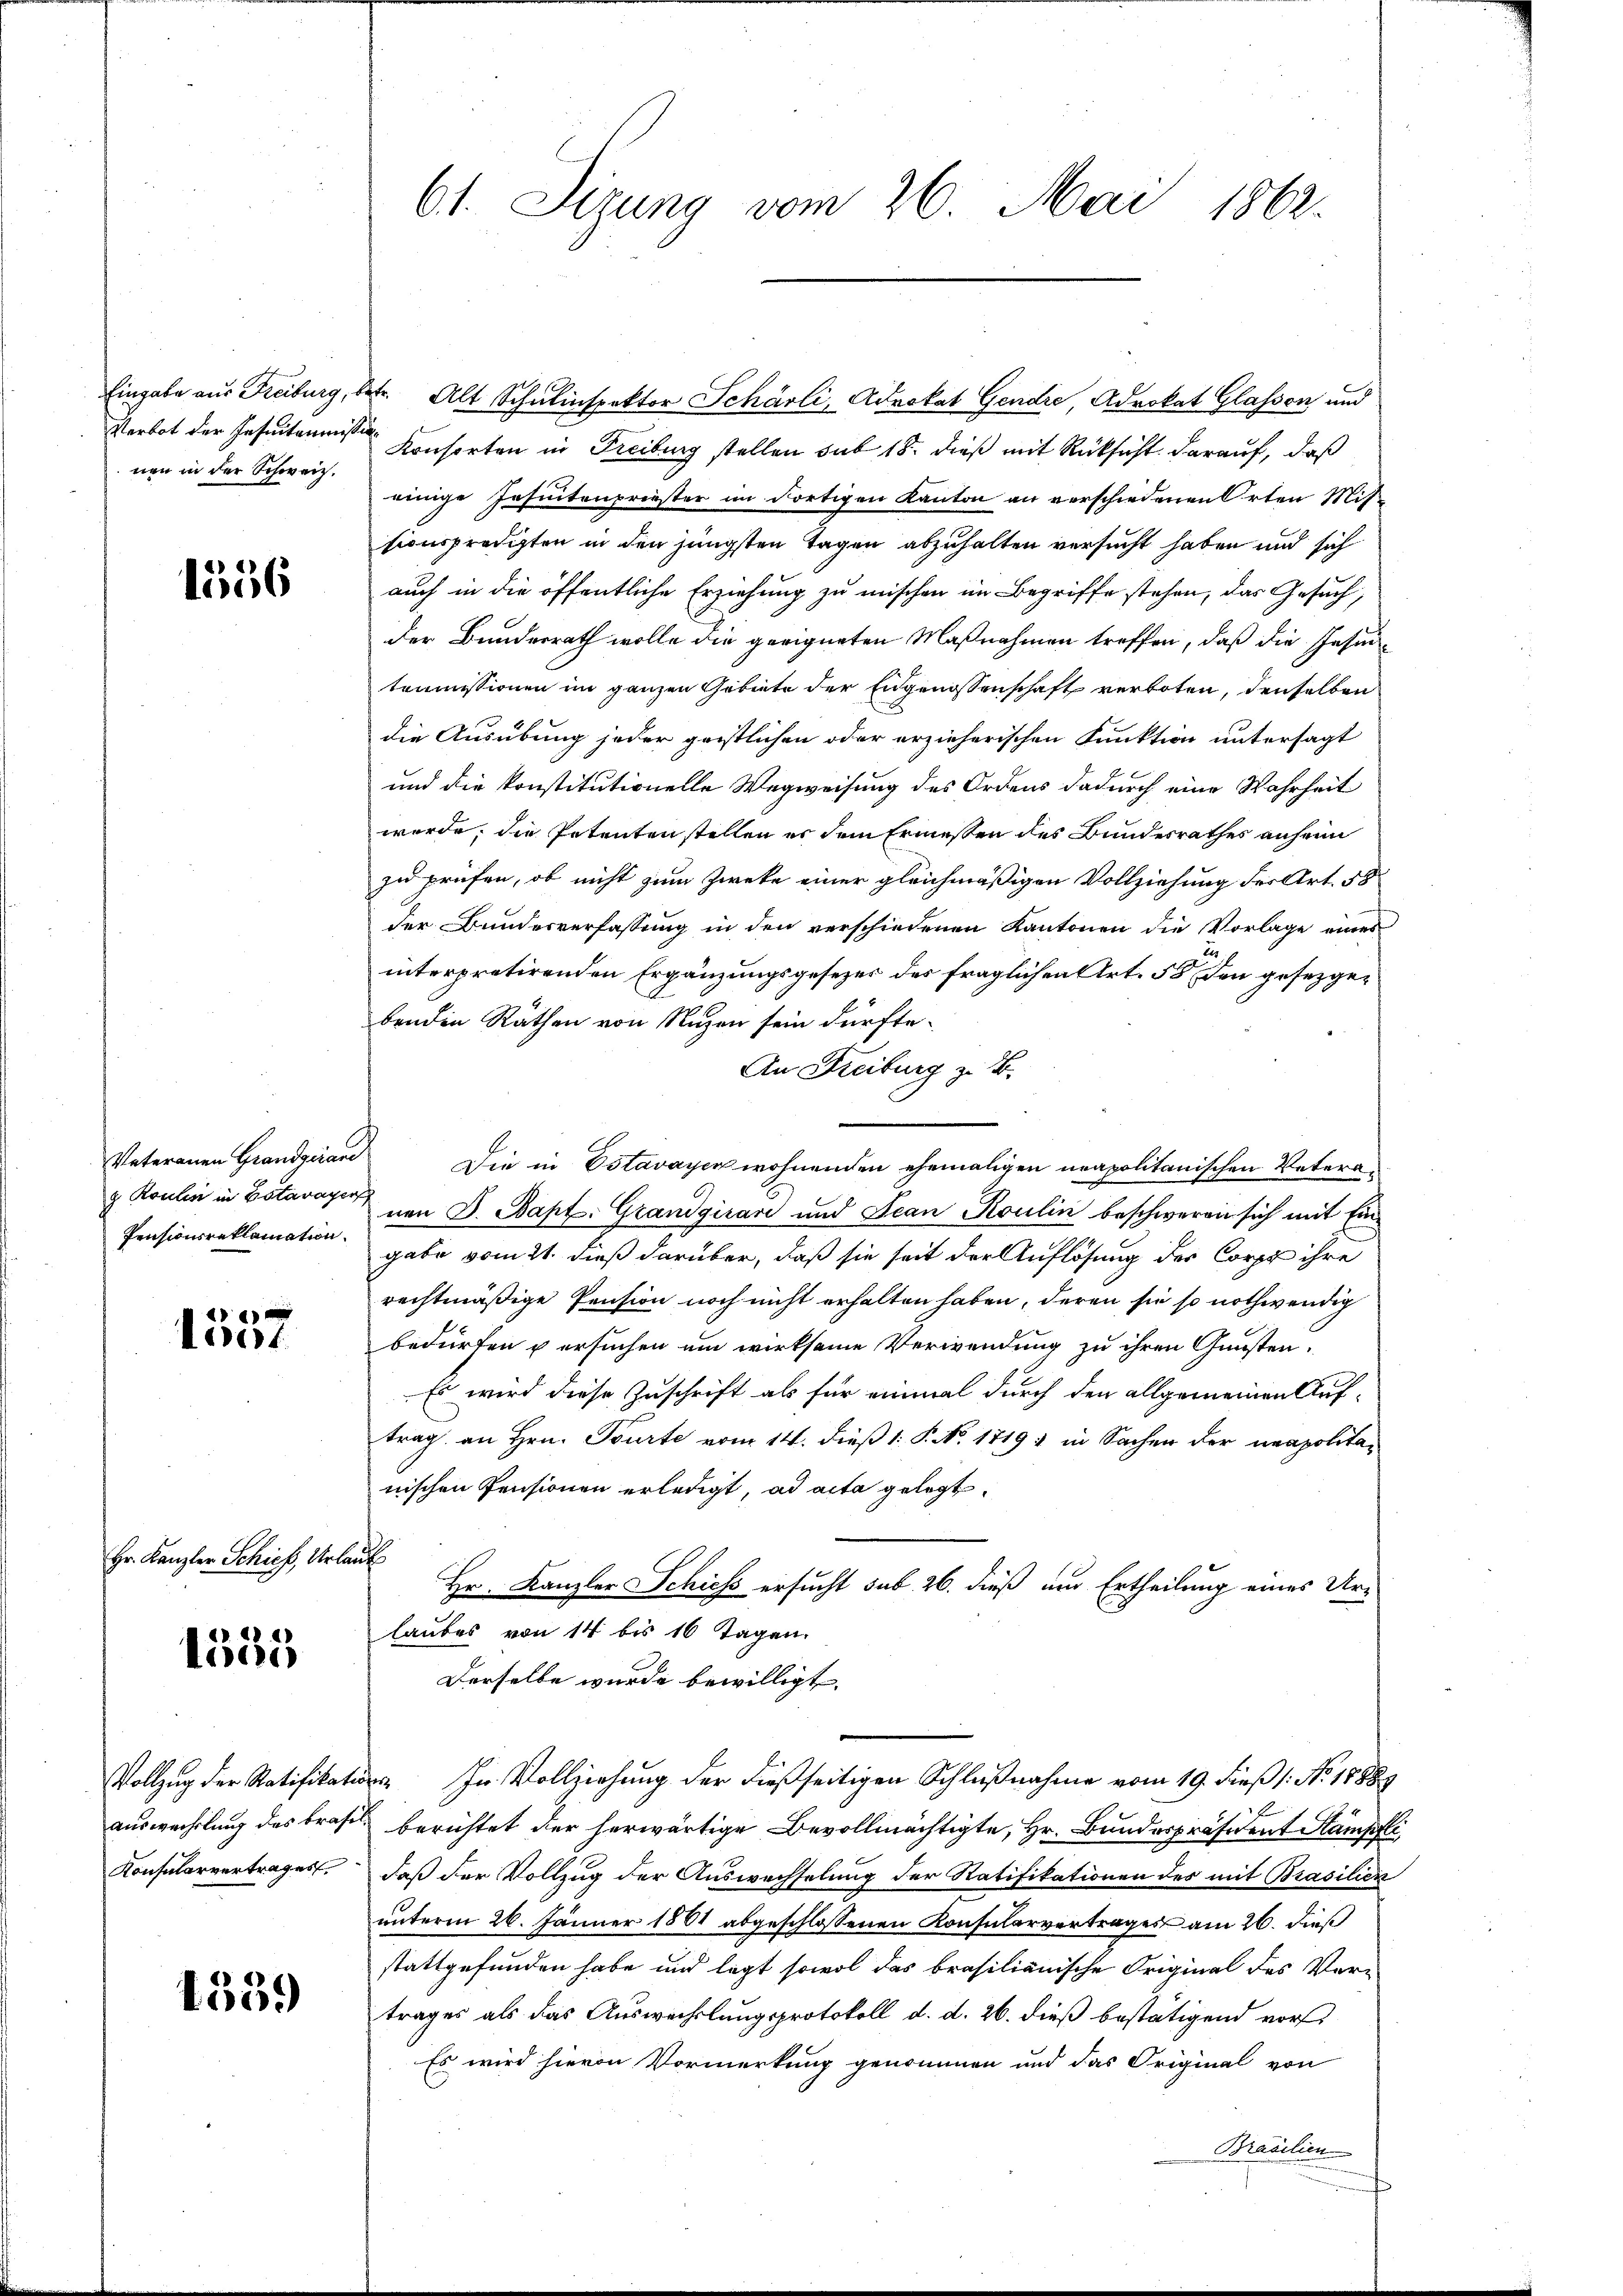
Verbot der Insuitommission
nen in der Schweiz.

1556

Vateranen Grandgrand
g Roulen in Estavayer
Pensionsreklamation.

1557

Hr. Kanzler Schief, Urlaub

1555

Konsularvertrages.

4339)

61. Sizung vom 26. Mai 1862.

Eingabe aus Freiburg, betr. Alt Schulinspektor Schärli, Advokat Gendre, Advokat Glassen und
Konsorten in Freiburg stellen sub 18. dieß mit Rücksicht darauf, daß
einige Insuntenpriester im dortigen Kanton an verschiedenen Orten Mit-
sionspredigten in den jüngsten Tagen abzuhalten versucht haben und sich
auch in die öffentliche Erziehung zu mischen im Begriffe stehen, das Gesuch,
der Bundesrath wolle die geeigneten Maßnahmen treffen, daß die Insintommissionen im ganzen Gebiete der Engenossenschaft verboten, denselben
die Ausübung jeder geistlichen oder erzieherischen Funktion untersagt
und die konstitutionelle Wegweisung des Ordens dadurch eine Wahrheit
werde, die Petenten stellen er dem Ermessen des Bundesrathes anheim
zu prüfen, ob nicht zum Zweke einer gleichmäßigen Vollziehung der Art. 58
der Bundesverfassung in den verschiedenen Kantonen die Vorlage eines
d
interpretirenden Ergänzungsgesezer des fraglichen Art. 58 den gesezger
benden Räthen von Nuzen sein dürfte.
An Freiburg z. B.
Die in Estavayer wohnenden ehemaligen neapolitanischen Vetera-
nen S. Bapt. Grandgivari und Jean Roulin beschweren sich mit Eingabe vom 21. dieß darüber, daß sie seit der Auflösung der Corps ihre
rechtmäßige Pension noch nicht erhalten haben, deren sie so nothwendig
bedürfen u ersuchen um wirksame Verwendung zu ihren Gunsten.
Es wird diese Zuschrift als für einmal durch den allgemeinen Auftrag an Hrn. Tourte vom 14. dieß 1: P. No. 1719 in Sachen der neapolitanischen Pensionen erledigt, ad acta gelegt.
Hr. Kanzler Schiess ersucht sub. 26. dieß um Ertheilung eines Urlaubes von 14 bis 16 Tagen.
Derselbe wurde bewilligt.
Vollzug der Ratifikat In Vollziehung der dießseitigen Schlußnahme vom 19. dieß 1: No 18889
auswechslung des bras berichtet der herwärtige Bevollmächtigte, Hr. Bundespräsident Stämpfli
daß der Vollzug der Auswechselung der Ratifikationen des mit Brasilien
unterm 26. Jänner 1881 abgeschlossenen Konsularvertrages am 26. dieß
stattgefunden habe und legt sowol das brasilianische Original des Vortrages als das Auswechslungsprotokoll d. d. 26. dieß bestätigend vor¬
Es wird hievon Vormerkung genommen und das Original von
Brasilien